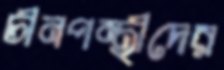
চীনপন্থীদের